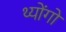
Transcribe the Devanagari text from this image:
थ्योंगो